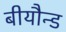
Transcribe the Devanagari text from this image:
बीयौन्ड